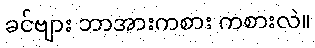
ခင်ဗျား ဘာအားကစား ကစားလဲ။